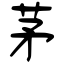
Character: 茅